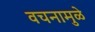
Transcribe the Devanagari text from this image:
वचनामुळे